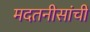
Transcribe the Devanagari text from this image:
मदतनीसांची